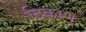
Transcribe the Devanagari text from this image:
ठिकाण्